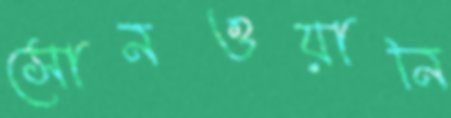
সোনওয়ানি